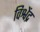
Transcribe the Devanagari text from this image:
विश्वेंद्र